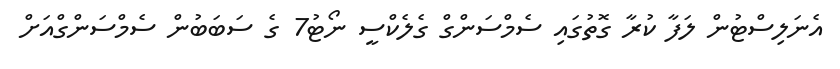
އެނަލިސްޓުން ލަފާ ކުރާ ގޮތުގައި ސެމްސަންގް ގެލެކްސީ ނޯޓު7 ގެ ސަބަބުން ސެމްސަންގްއަށް